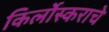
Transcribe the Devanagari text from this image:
किर्लोस्कराचे